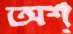
অশ্